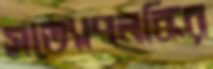
সত্যোপলব্ধির